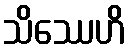
သိဿေဟိ